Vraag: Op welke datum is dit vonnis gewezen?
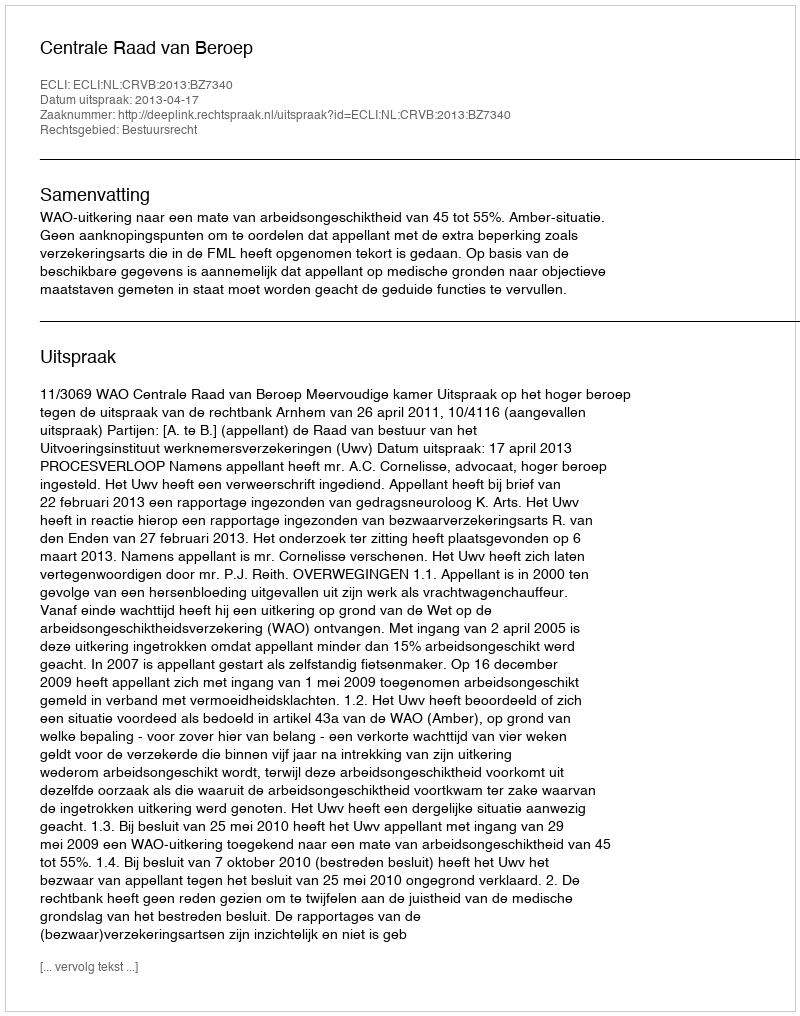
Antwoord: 2013-04-17